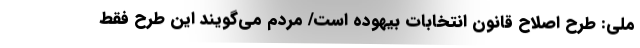
ملی: طرح اصلاح قانون انتخابات بیهوده است/ مردم می‌گویند این طرح فقط